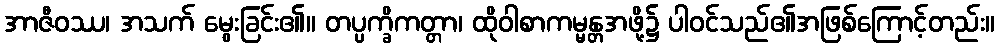
အာဇီဝဿ၊ အသက် မွေးခြင်း၏။ တပ္ပက္ခိကတ္တာ၊ ထိုဝါစာကမ္မန္တအဖို့၌ ပါဝင်သည်၏အဖြစ်ကြောင့်တည်း။